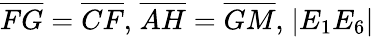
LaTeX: {\overline{{FG}}}={\overline{{CF}}}{\mathrm{,}}\; {\overline{{AH}}}={\overline{{GM}}}{\mathrm{,}}\; |E_{1}E_{6}|